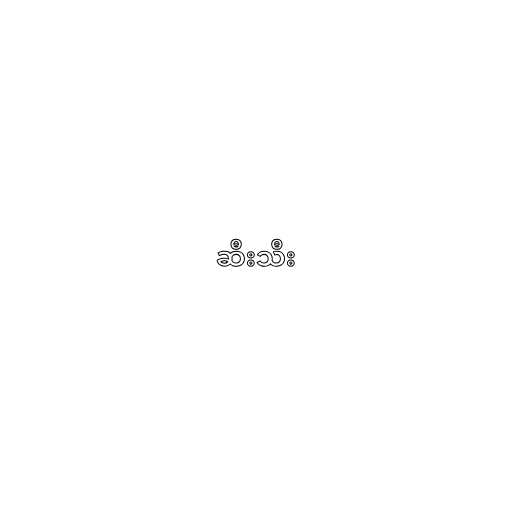
ဆီးသီး